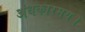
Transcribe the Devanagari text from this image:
अंधकारमय।